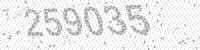
Solution: 259035